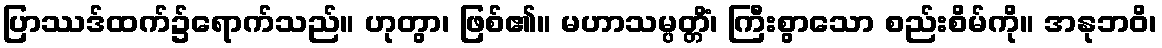
ပြာဿဒ်ထက်၌ရောက်သည်။ ဟုတွာ၊ ဖြစ်၏။ မဟာသမ္ပတ္တိံ၊ ကြီးစွာသော စည်းစိမ်ကို။ အနုဘဝိ၊